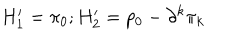
H _ { 1 } ^ { \prime } = \pi _ { 0 } ; _ { } { } _ { } H _ { 2 } ^ { \prime } = p _ { 0 } - \partial ^ { k } \pi _ { k }